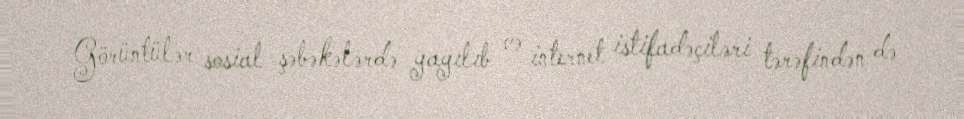
Görüntülər sosial şəbəkələrdə yayılıb və internet istifadəçiləri tərəfindən də